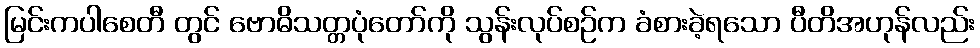
မြင်းကပါစေတီ တွင် ဗောဓိသတ္တပုံတော်ကို သွန်းလုပ်စဉ်က ခံစားခဲ့ရသော ပီတိအဟုန်လည်း